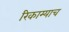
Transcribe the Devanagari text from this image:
रिकाम्याच